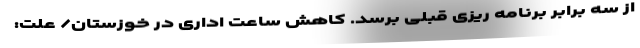
از سه برابر برنامه ریزی قبلی برسد. کاهش ساعت اداری در خوزستان/ علت: